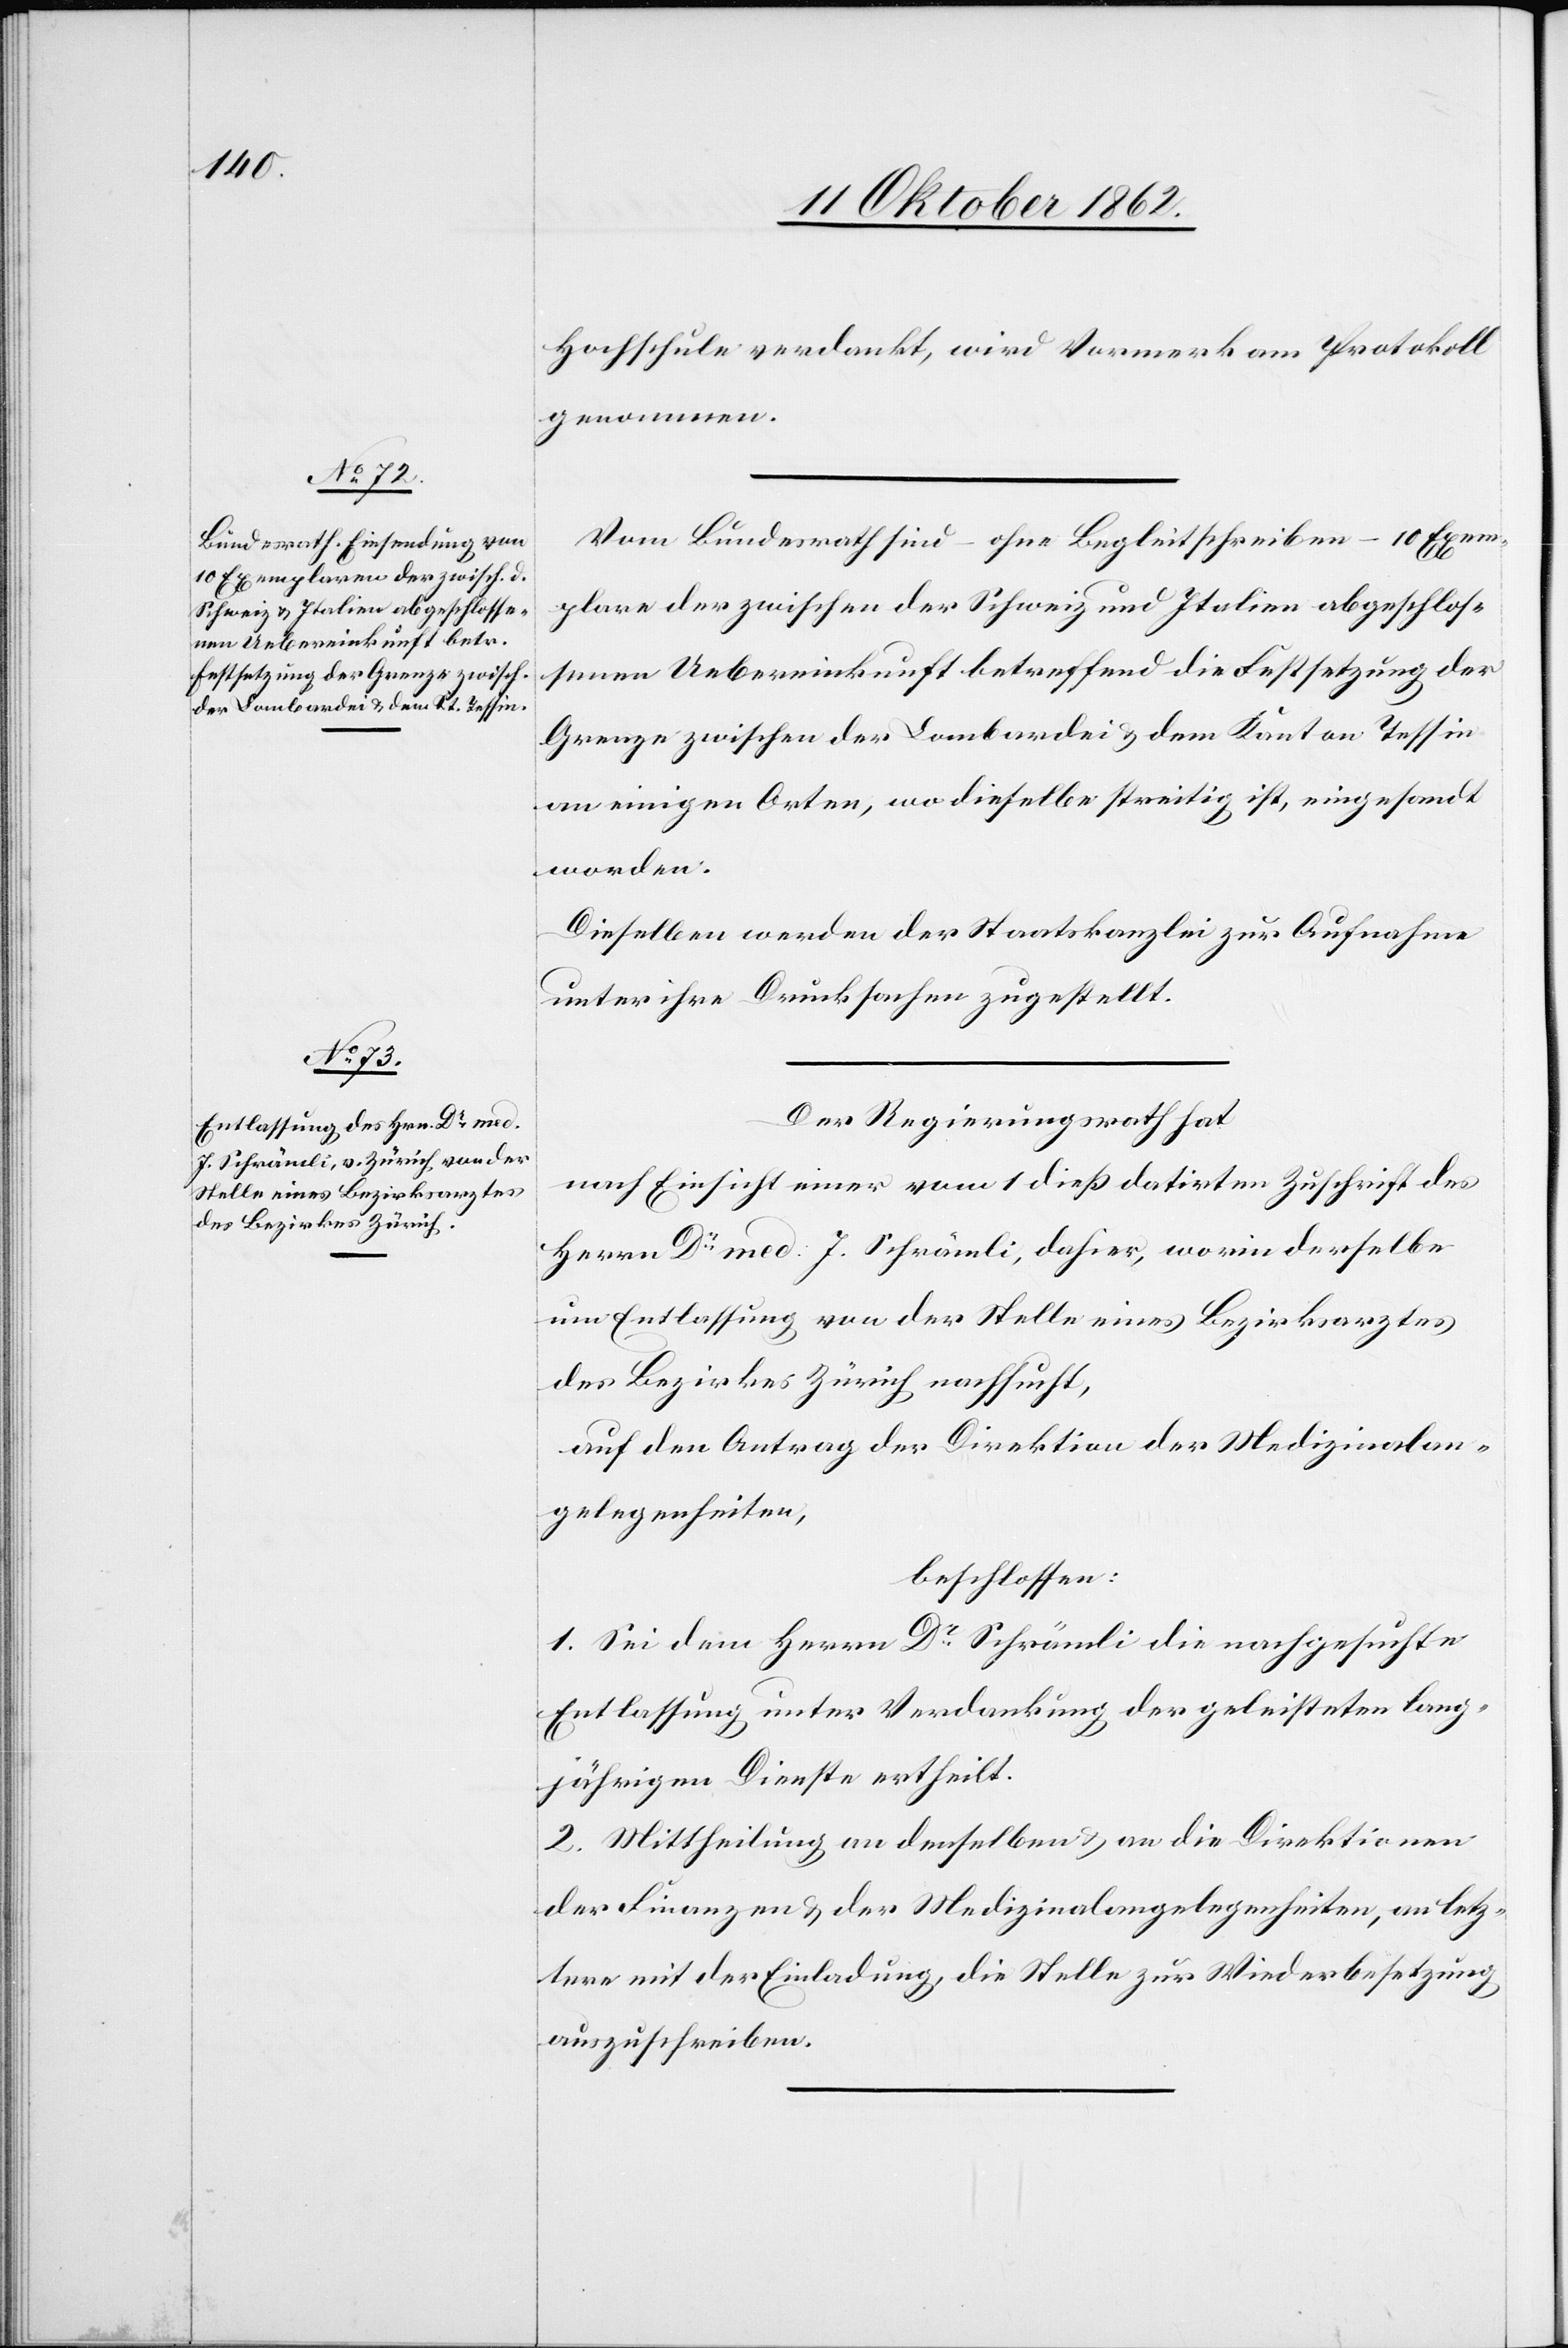
Hochschule verdankt, wird der Vormerk am Protokoll
genommen.
Vom Bundesrath sind – ohne Begleitschreiben – 10 Exem¬
plare der zwischen der Schweiz und Italien abgeschlos¬
senen Uebereinkunft betreffend die Festsetzung der
Grenze zwischen der Lombardei u. dem Kanton Tessin
an einigen Orten, wo dieselbe streitig ist, eingesandt
worden.
Dieselben werden der Staatskanzlei zur Aufnahme
unter ihre Drucksachen zugestellt.
Der Regierungsrath hat
nach Einsicht einer vom 1. dieß datirten Zuschrift des
Herrn Dr. med. J. Schrämli, dahier, worin derselbe
um Entlassung von der Stelle eines Bezirksarztes
des Bezirkes Zürich nachsucht,
auf den Antrag der Direktion der Medizinalan¬
gelegenheiten,
beschlossen:
1. Sei dem Herrn Dr. Schrämli die nachgesuchte
Entlassung unter Verdankung der geleisteten lang¬
jährigen Dienste ertheilt.
2. Mittheilung an denselben u. an die Direktionen
der Finanzen u. der Medizinalangelegenheiten, an letz¬
tere mit der Einladung, die Stelle zur Widerbesetzung
auszuschreiben.